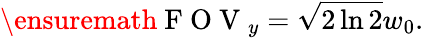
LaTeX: \ensuremath{\mathrm{~F~O~V~}}_{y}=\sqrt{2\ln 2}w_{0}.